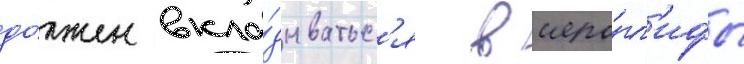
до́лжен вкла́дыватьс'я в иеро́гл'ифы